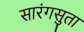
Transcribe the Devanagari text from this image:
सारंगसुता